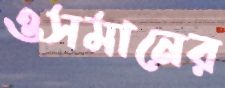
ওসমানের